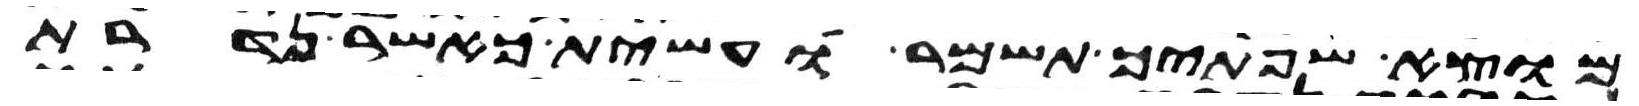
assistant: מוצא שפתיך תשמר ועשית כאשר נדרת